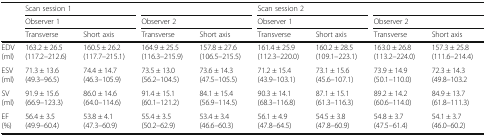
|  | <COLSPAN=2> Scan session 1 | <COLSPAN=2>  | <COLSPAN=2> Scan session 2 | <COLSPAN=2>  |
 |  | <COLSPAN=2> Observer 1 | <COLSPAN=2> Observer 2 | <COLSPAN=2> Observer 1 | <COLSPAN=2> Observer 2 |
 |  | Transverse | Short axis | Transverse | Short axis | Transverse | Short axis | Transverse | Short axis |
 | --- | --- | --- | --- | --- | --- | --- | --- | --- |
 | EDV (ml) | 163.2 ± 26.5 (117.2–212.6) | 160.5 ± 26.2 (117.7–215.1) | 164.9 ± 25.5 (116.3–215.9) | 157.8 ± 27.6 (106.5–215.5) | 161.4 ± 25.9 (112.3–220.0) | 160.2 ± 28.5 (109.1–223.1) | 163.0 ± 26.8 (113.2–224.0) | 157.3 ± 25.8 (111.6–214.4) |
 | ESV (ml) | 71.3 ± 13.6 (49.3–96.5) | 74.4 ± 14.7 (46.3–105.9) | 73.5 ± 13.0 (56.2–104.5) | 73.6 ± 14.3 (47.5–105.5) | 71.2 ± 15.4 (43.9–103.1) | 73.1 ± 15.6 (45.6–107.1) | 73.9 ± 14.9 (50.1–110.0) | 72.3 ± 14.3 (49.8–103.2 |
 | SV (ml) | 91.9 ± 15.6 (66.9–123.3) | 86.0 ± 14.6 (64.0–114.6) | 91.4 ± 15.1(60.1–121.2) | 84.1 ± 15.4 (56.9–114.5) | 90.3 ± 14.1 (68.3–116.8) | 87.1 ± 15.1 (61.3–116.3) | 89.2 ± 14.2 (60.6–114.0) | 84.9 ± 13.7 (61.8–111.3) |
 | EF (%) | 56.4 ± 3.5 (49.9–60.4) | 53.8 ± 4.1 (47.3–60.9) | 55.4 ± 3.5 (50.2–62.9) | 53.4 ± 3.4 (46.6–60.3) | 56.1 ± 4.9 (47.8–64.5) | 54.5 ± 3.8 (47.8–60.9) | 54.8 ± 3.7 (47.5–61.4) | 54.1 ± 3.7 (46.0–60.2) |